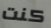
كنت